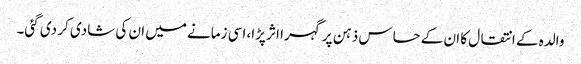
والدہ کے انتقال کا ان کے حساس ذہن پر گہرا اثر پڑا، اسی زمانے میں ان کی شادی کر دی گئی۔